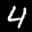
Label: 4